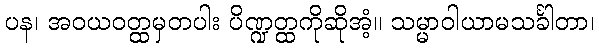
ပန၊ အဝယဝတ္ထမှတပါး ပိဏ္ဍတ္ထကိုဆိုအံ့။ သမ္မာဝါယာမသင်္ခါတာ၊